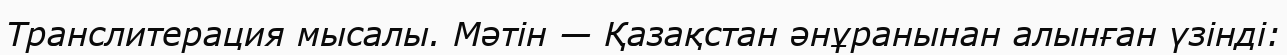
Транслитерация мысалы. Мәтін — Қазақстан әнұранынан алынған үзінді: